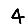
Digit: 4